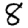
Digit: 8